Vaccination in Bombay 1902-1912 - 1902-1912
Year: 1902
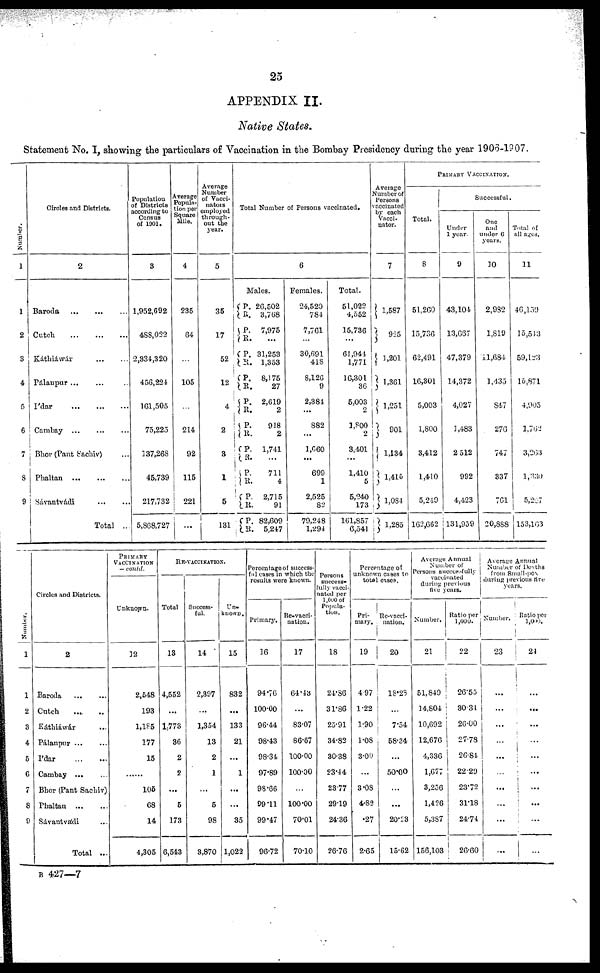
25
APPENDIX II.
Native States.
Statement No. I, showing the particulars of Vaccination in the Bombay Presidency during the year 1906-1907.
Number.
1
1
2
3
4
5
6
7
8
9
Circles and Districts.
2
Baroda
... ... ...
Cutch
...
...
...
Káthiáwár ... ...
Pálanpur ... ... ...
I'dar
...
...
...
Cambay
...
...
...
Bhor (Pant Sachiv) ...
Phaltan
...
...
...
Sávantvádi
...
...
Total ...
Population
of Districts
according to
Census
of 1901.
3
1,952,692
488,022
2,334,320
456,224
161,505
75,225
137,268
45,739
217,732
5,868,727
Average
Popula-
tion per
Square
Mile.
4
235
64
...
105
...
214
92
115
221
...
Average
Number
of Vacci-
nators
employed
through-
out the
year.
5
35
17
52
12
4
2
3
1
5
131
Total Number of Persons vaccinated.
6
Males.
P.
R.
P.
R.
P.
R.
P.
R.
P.
R.
P.
R.
P.
R.
P.
R.
P.
R.
P. R.
26,502
3,768
7,975
...
31,253
1,353
8,175
27
2,619
2
918
2
1,741
...
711
4
2,715
91
82,609
5,247
Females.
24,520
784
7,761
...
30,691
418
8,126
9
2,384
...
882
...
1,660
...
699
1
2,525
82
79,248
1,294
Total.
51,022
4,552
15,736
...
61,944
1,771
16,301
36
5,003
2
1,800
2
3,401
...
1,410
5
5,240
173
161,857
6,541
Average
Number of
Persons
vaccinated
by each
Vacci-
nator.
7
1,587
925
1,201
1,361
1,251
901
1,134
1,415
1,084
1,285
PRIMARY VACCINATION.
Total.
8
51,260
15,736
62,491
16,301
5,003
1,800
3,412
1,410
5,249
162,662
Successful.
Under
1 year.
9
43,104
13,667
47,379
14,372
4,027
1,483
2,512
992
4,423
131,959
One
and
under 6
years.
10
2,982
1,819
11,684
1,435
847
276
747
337
761
20,888
Total of
all ages.
11
46,159
15,543
59,123
15,871
4,995
1,762
3,263
1,330
5,207
153,163
Number.
1
1
2
3
4
5
6
7
8
9
Circles and Districts.
2
Baroda
...
...
Cutch ... ...
Káthiáwár ...
Pálanpur ... ...
I'dar
...
...
Cambay
...
...
Bhor (Pant Sachiv)
Phaltan
...
...
Sávantvádi ...
Total ...
PRIMARY
VACCINATION
— contd.
Unknown.
12
2,548
193
1,185
177
15
......
105
68
14
4,305
RE-VACCINATION.
Total
13
4,552
...
1,773
36
2
2
...
5
173
6,543
Success-
ful.
14
2,397
...
1,354
13
2
1
...
5
98
3,870
Un-
known.
15
832
...
133
21
...
1
...
...
35
1,022
Percentage of success-
ful cases in which the
results were known.
Primary.
16
94.76
100.00
96.44
98.43
98.34
97.89
98.66
99.11
99.47
96.72
Re-vacci-
nation.
17
64.43
...
83.07
86.67
100.00
100.00
...
100.00
70.01
70.10
Persons
success-
fully vacci-
nated per
1,000 of
Popula-
tion.
18
24.86
31.86
25.91
34.82
30.38
23.44
23.77
29.19
24.36
26.76
Percentage of
unknown cases to
total cases.
Pri-
mary.
19
4.97
1.22
1.90
1.08
3.00
...
3.08
4.82
.27
2.65
Re-vacci-
nation.
20
18.28
...
7.54
58.34
...
50.00
...
...
20.23
15.62
Average Annual
Number of
Persons successfully
vaccinated
during previous
five years.
Number.
21
51,849
14,804
10,692
12,676
4,336
1,677
3,256
1,426
5,387
156,103
Ratio per
1,000.
22
26.55
30.34
26.00
27.78
26.84
22.29
23.72
31.18
24.74
26.60
Average Annual
Number of Deaths
from Small-pox
during previous five
years.
Number.
23
...
...
...
...
...
...
...
...
...
...
Ratio per
1,000.
24
...
...
...
...
...
...
...
...
...
...
B 427—7